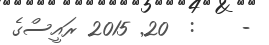
-    :  20